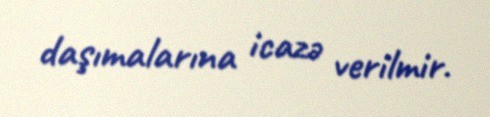
daşımalarına icazə verilmir.